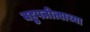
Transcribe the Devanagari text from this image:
बहुपत्नीत्वाच्या